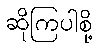
ဆိုကြပါစို့